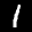
Label: 1